Insane asylums in Bengal annual reports 1876-1887 - 1876-1887
Year: 1876
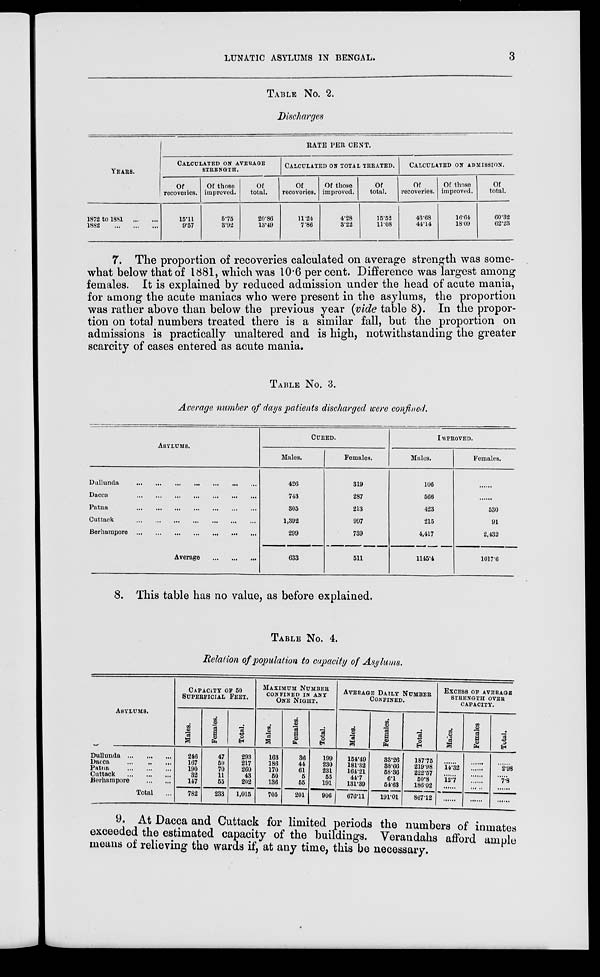
LUNATIC ASYLUMS IN BENGAL.
3
TABLE No 2.
Discharges
YEARS.
1872 to 1881
...
...
1882 ... ... ...
RATE PER CENT.
CALCULATED ON AVERAGE
STRENGTH.
Of
recoveries.
15.11
9.57
Of those
improved.
5.75
3.92
Of
total.
20.86
13.49
CALCULATED ON TOTAL TREATED.
Of
recoveries.
11.24
7.86
Of those
improved.
4.28
3.22
Of
total.
15.52
11.08
CALCULATED ON ADMISSION.
Of
recoveries.
43.68
44.14
Of those
improved.
16.64
18.09
Of
total.
60.32
62.23
7. The proportion of recoveries calculated on average strength was some-
what below that of 1881, which was 10.6 per cent. Difference was largest among
females. It is explained by reduced admission under the head of acute mania,
for among the acute maniacs who were present in the asylums, the proportion
was rather above than below the previous year (vide table 8). In the propor-
tion on total numbers treated there is a similar fall, but the proportion on
admissions is practically unaltered and is high, notwithstanding the greater
scarcity of cases entered as acute mania.
TABLE No. 3.
Average number of days patients discharged were confined.
ASYLUMS.
Dullunda
...
...
...
...
...
...
...
Dacca
...
...
...
...
...
...
...
Patna
...
...
...
...
...
...
...
Cuttack
...
...
...
...
...
...
...
Berharnpore
...
...
...
...
...
...
...
Average
...
...
...
CURED.
Males.
426
743
305
1,392
299
633
Females.
319
287
213
997
739
511
IMPROVED.
Males.
106
566
423
215
4,417
1145.4
Females.
......
......
530
91
2,432
1017.6
8. This table has no value, as before explained.
TABLE No. 4.
Relation of population to capacity of Asylums.
ASYLUMS.
Dullunda
... ... ...
Dacca
...
...
...
Patna
...
...
...
Cuttack
...
...
...
Berhampore
...
...
Total ...
CAPACITY OF 50
SUPERFICIAL FEET.
Males.
246
167
190
32
147
782
Females.
47
50
70
11
55
233
Total.
293
217
260
43
202
1,015
MAXIMUM NUMBER
CONFINED IN ANY
ONE NIGHT.
Males.
163
186
170
50
136
705
Females.
36
44
61
5
55
201
Total.
199
930
231
55
191
906
AVERAGE DAILY
CONFINED.
Males.
154.49
181.32
164.21
44.7
131.39
676.11
Females.
33.26
38.66
58.36
6.1
54.63
191.01
NUMBER
Total.
187.75
219.98
222.57
50.8
186.02
867.12
EXCESS OF AVERAGE
STRENGTH OVER
CAPACITY.
Males.
14.32
12.7
Females
......
......
Total.
2.98
7.8
9. At Dacca and Cuttack for limited periods the numbers of inmates
exceeded the estimated capacity of the buildings. Verandahs afford ample
means of relieving the wards if, at any time, this be
necessary.